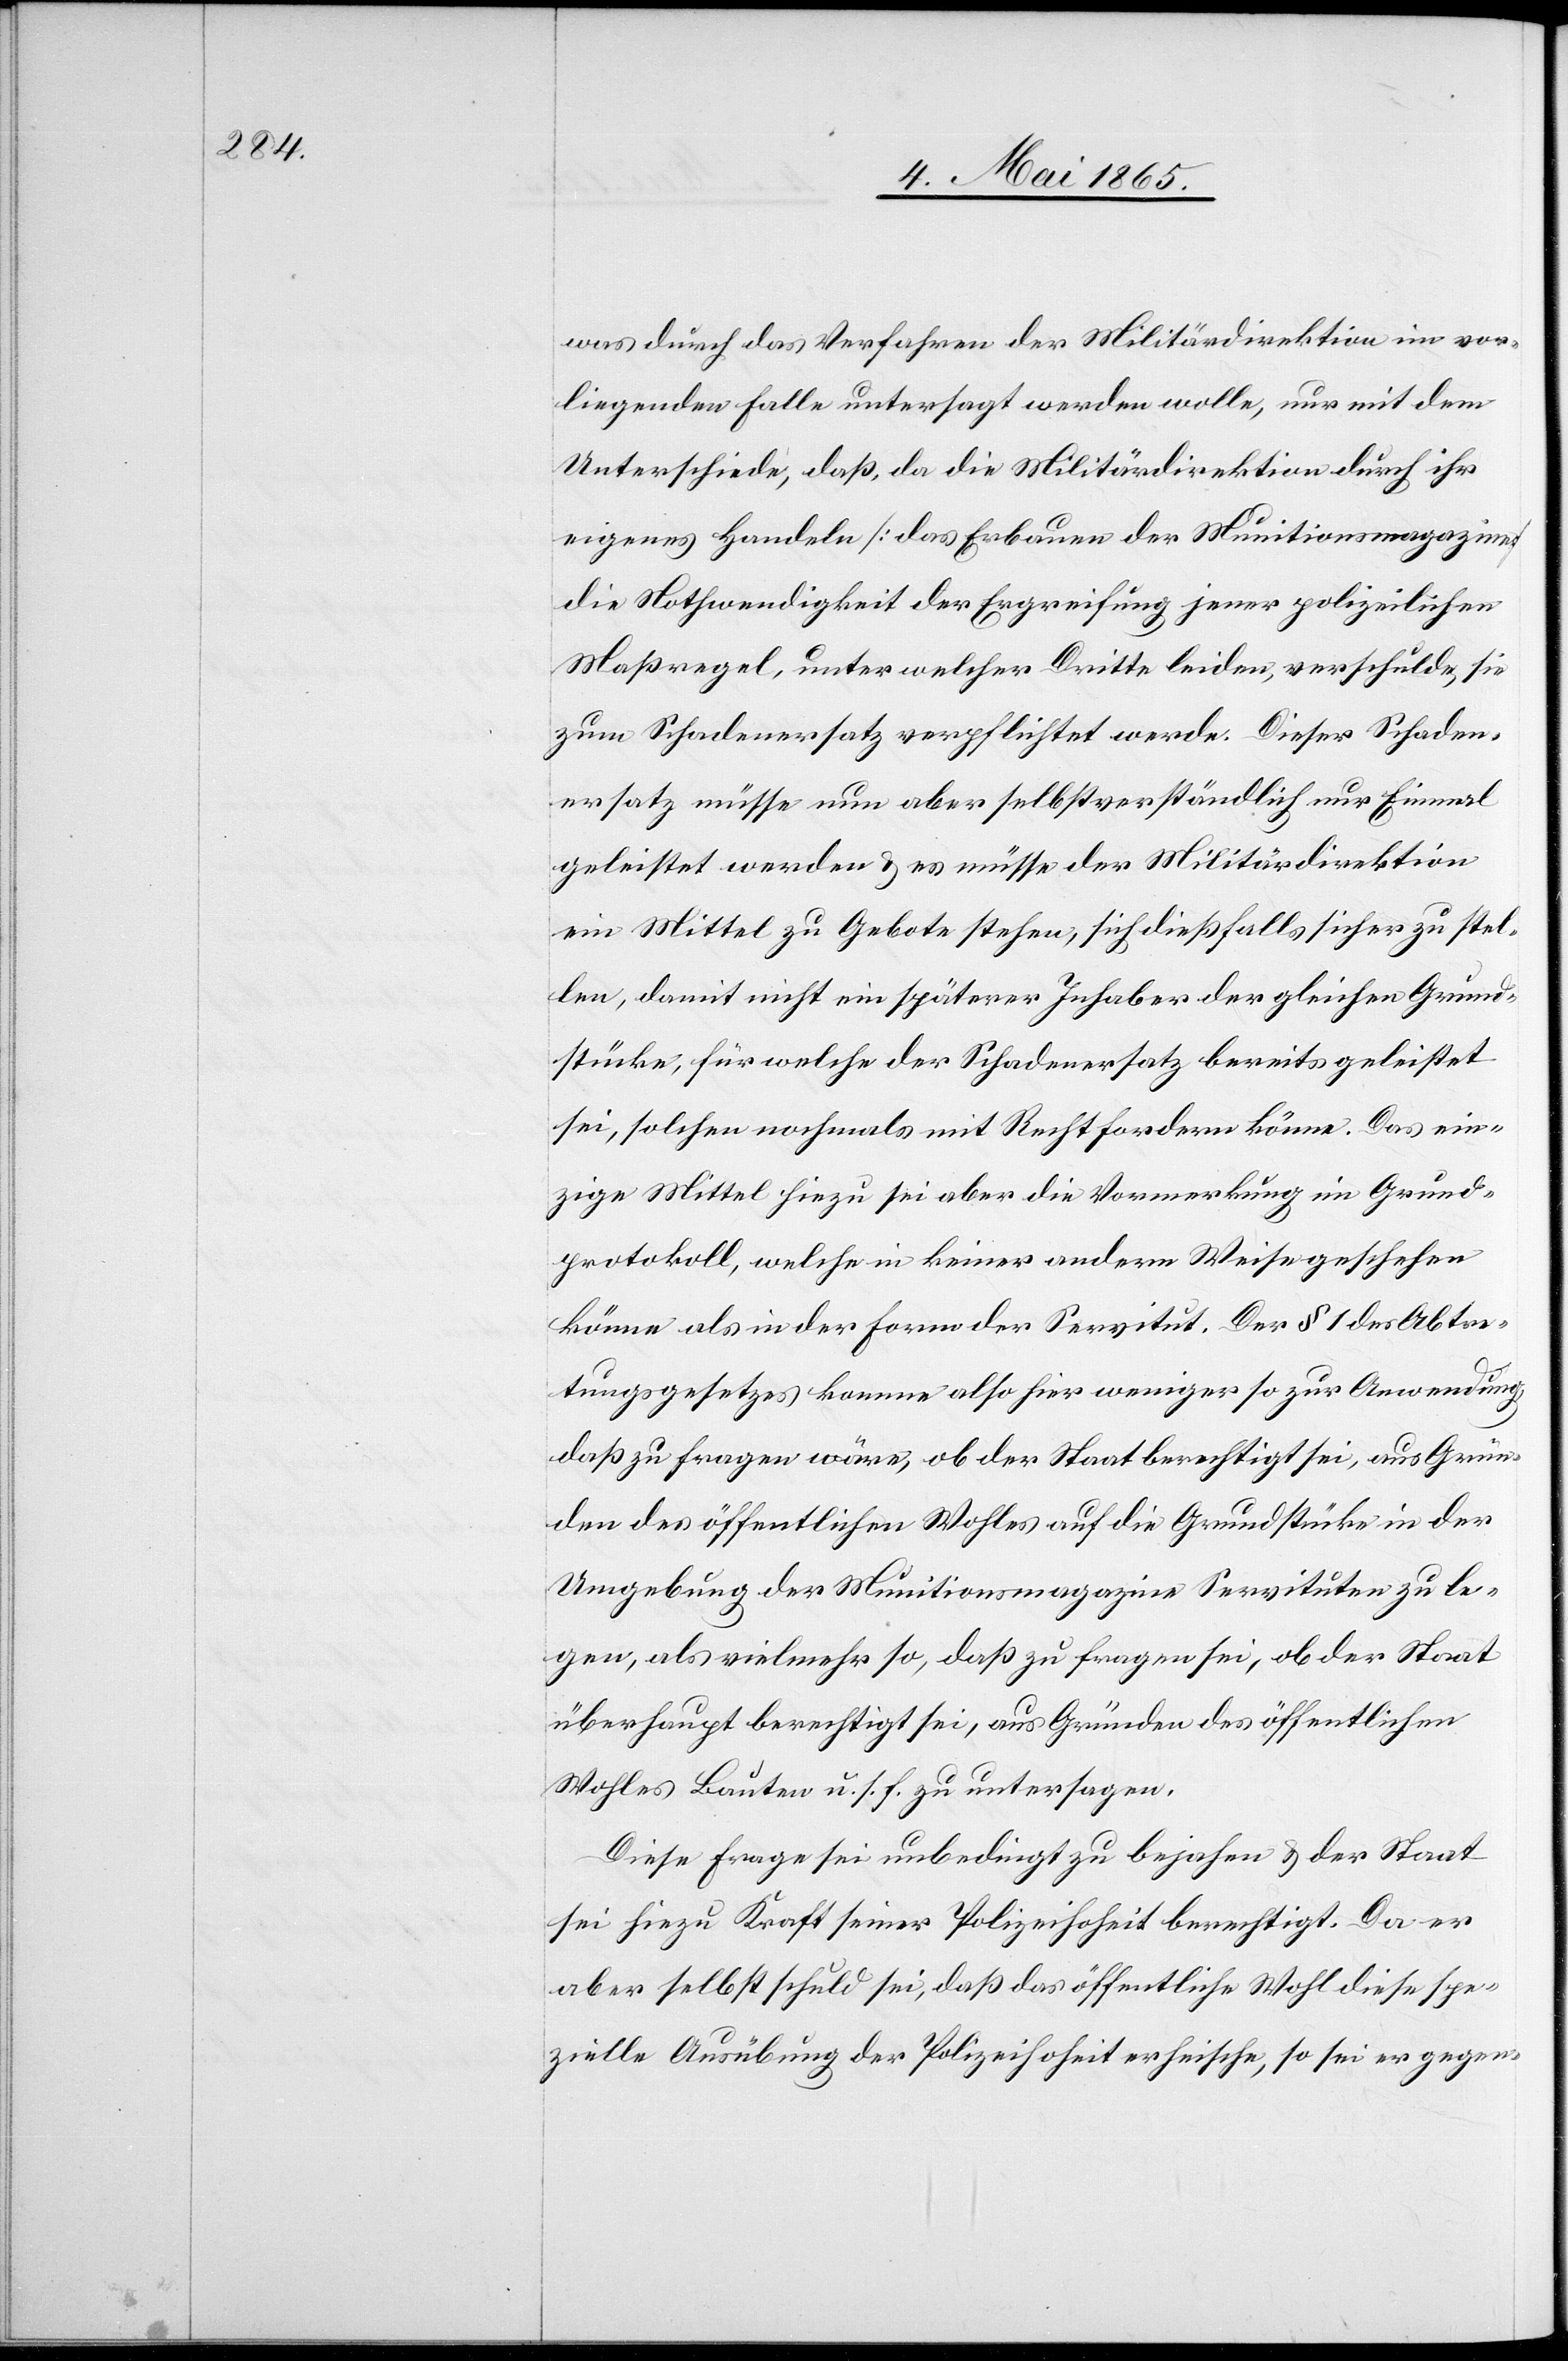
was durch das Verfahren der Militärdirektion im vor¬
liegenden Falle untersagt werden wolle, nur mit dem
Unterschiede, daß da die Militärdirektion durch ihr
eigenes Handeln [das Erbauen der Munitionsmagazine]
die Nothwendigkeit der Ergreifung jener polizeilichen
Maßregel, unter welcher Dritte leiden, verschulde, sie
zum Schadenersatz verpflichtet werde. Dieser Schaden¬
ersatz müsse nun aber selbstverständlich nur Einmal
geleistet werden & es müsse der Militärdirektion
ein Mittel zu Gebote stehen, sich dießfalls sicher zu stel¬
len, damit nicht ein späterer Inhaber der gleichen Grund¬
stücke, für welche der Schadenersatz bereits geleistet
sei, solchen nochmals mit Recht fordern könne. Das ein¬
zige Mittel hiezu sei aber die Vormerkung im Grund¬
protokoll, welche in keiner andern Weise geschehen
könne als in der Form der Servitut. Der § 1 des Abtre¬
tungsgesetzes komme also hier weniger so zur Anwendung,
daß zu Fragen wäre, ob der Staat berechtigt sei, aus Grün¬
den des öffentlichen Wohles auf die Grundstücke in der
Umgebung der Munitionsmagazine Servituten zu le¬
gen, als vielmehr so, daß zu fragen sei, ob der Staat
überhaupt berechtigt sei, aus Gründen des öffentlichen
Wohles Bauten u. s. f. zu untersagen.
Diese Frage sei unbedingt zu bejahen & der Staat
sei hiezu Kraft seiner Polizeihoheit berechtigt. Da er
aber selbst schuld sei, daß das öffentliche Wohl diese spe¬
zielle Ausübung der Polizeihoheit erheische, so sei er gegen-